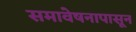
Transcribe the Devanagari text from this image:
समावेषनापासून